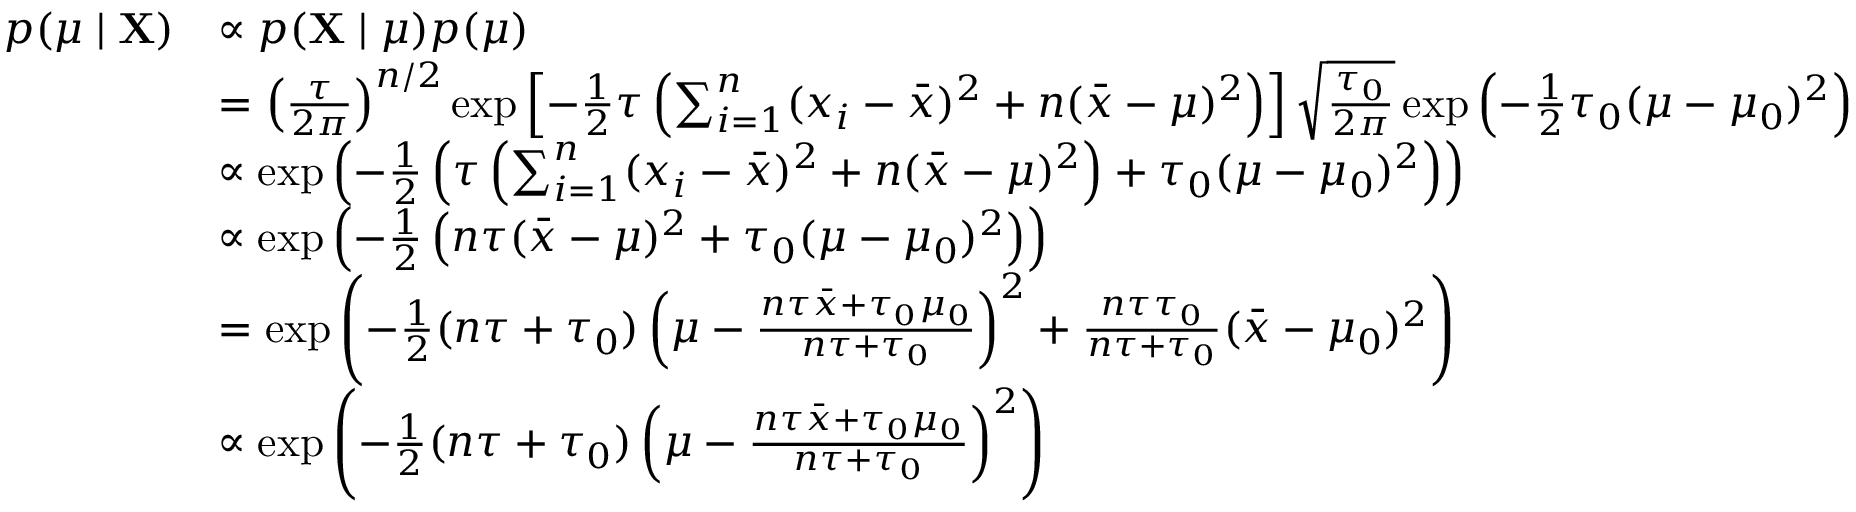
{ \begin{array} { r l } { p ( \mu \mid \mathbf { X } ) } & { \propto p ( \mathbf { X } \mid \mu ) p ( \mu ) } \\ & { = \left( { \frac { \tau } { 2 \pi } } \right) ^ { n / 2 } \exp \left[ - { \frac { 1 } { 2 } } \tau \left( \sum _ { i = 1 } ^ { n } ( x _ { i } - { \bar { x } } ) ^ { 2 } + n ( { \bar { x } } - \mu ) ^ { 2 } \right) \right] { \sqrt { \frac { \tau _ { 0 } } { 2 \pi } } } \exp \left( - { \frac { 1 } { 2 } } \tau _ { 0 } ( \mu - \mu _ { 0 } ) ^ { 2 } \right) } \\ & { \propto \exp \left( - { \frac { 1 } { 2 } } \left( \tau \left( \sum _ { i = 1 } ^ { n } ( x _ { i } - { \bar { x } } ) ^ { 2 } + n ( { \bar { x } } - \mu ) ^ { 2 } \right) + \tau _ { 0 } ( \mu - \mu _ { 0 } ) ^ { 2 } \right) \right) } \\ & { \propto \exp \left( - { \frac { 1 } { 2 } } \left( n \tau ( { \bar { x } } - \mu ) ^ { 2 } + \tau _ { 0 } ( \mu - \mu _ { 0 } ) ^ { 2 } \right) \right) } \\ & { = \exp \left( - { \frac { 1 } { 2 } } ( n \tau + \tau _ { 0 } ) \left( \mu - { \frac { n \tau { \bar { x } } + \tau _ { 0 } \mu _ { 0 } } { n \tau + \tau _ { 0 } } } \right) ^ { 2 } + { \frac { n \tau \tau _ { 0 } } { n \tau + \tau _ { 0 } } } ( { \bar { x } } - \mu _ { 0 } ) ^ { 2 } \right) } \\ & { \propto \exp \left( - { \frac { 1 } { 2 } } ( n \tau + \tau _ { 0 } ) \left( \mu - { \frac { n \tau { \bar { x } } + \tau _ { 0 } \mu _ { 0 } } { n \tau + \tau _ { 0 } } } \right) ^ { 2 } \right) } \end{array} }